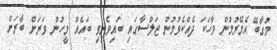
މުގާބޭ އެމޭރުމުން ވާހަކަ ދެއްކެވުމުން ޖަލްސާގައި ބައިވެރިވި ބައެއް މީހުން ވަރަށް ބާރަށް